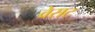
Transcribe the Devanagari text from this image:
वेसट